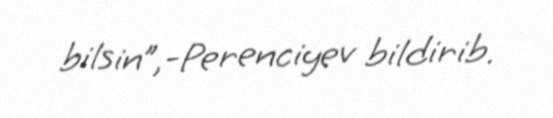
bilsin”,-Perenciyev bildirib.